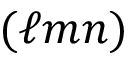
( \ell m n )